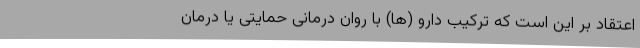
اعتقاد بر این است که ترکیب دارو (ها) با روان درمانی حمایتی یا درمان